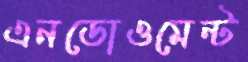
এনডোওমেন্ট